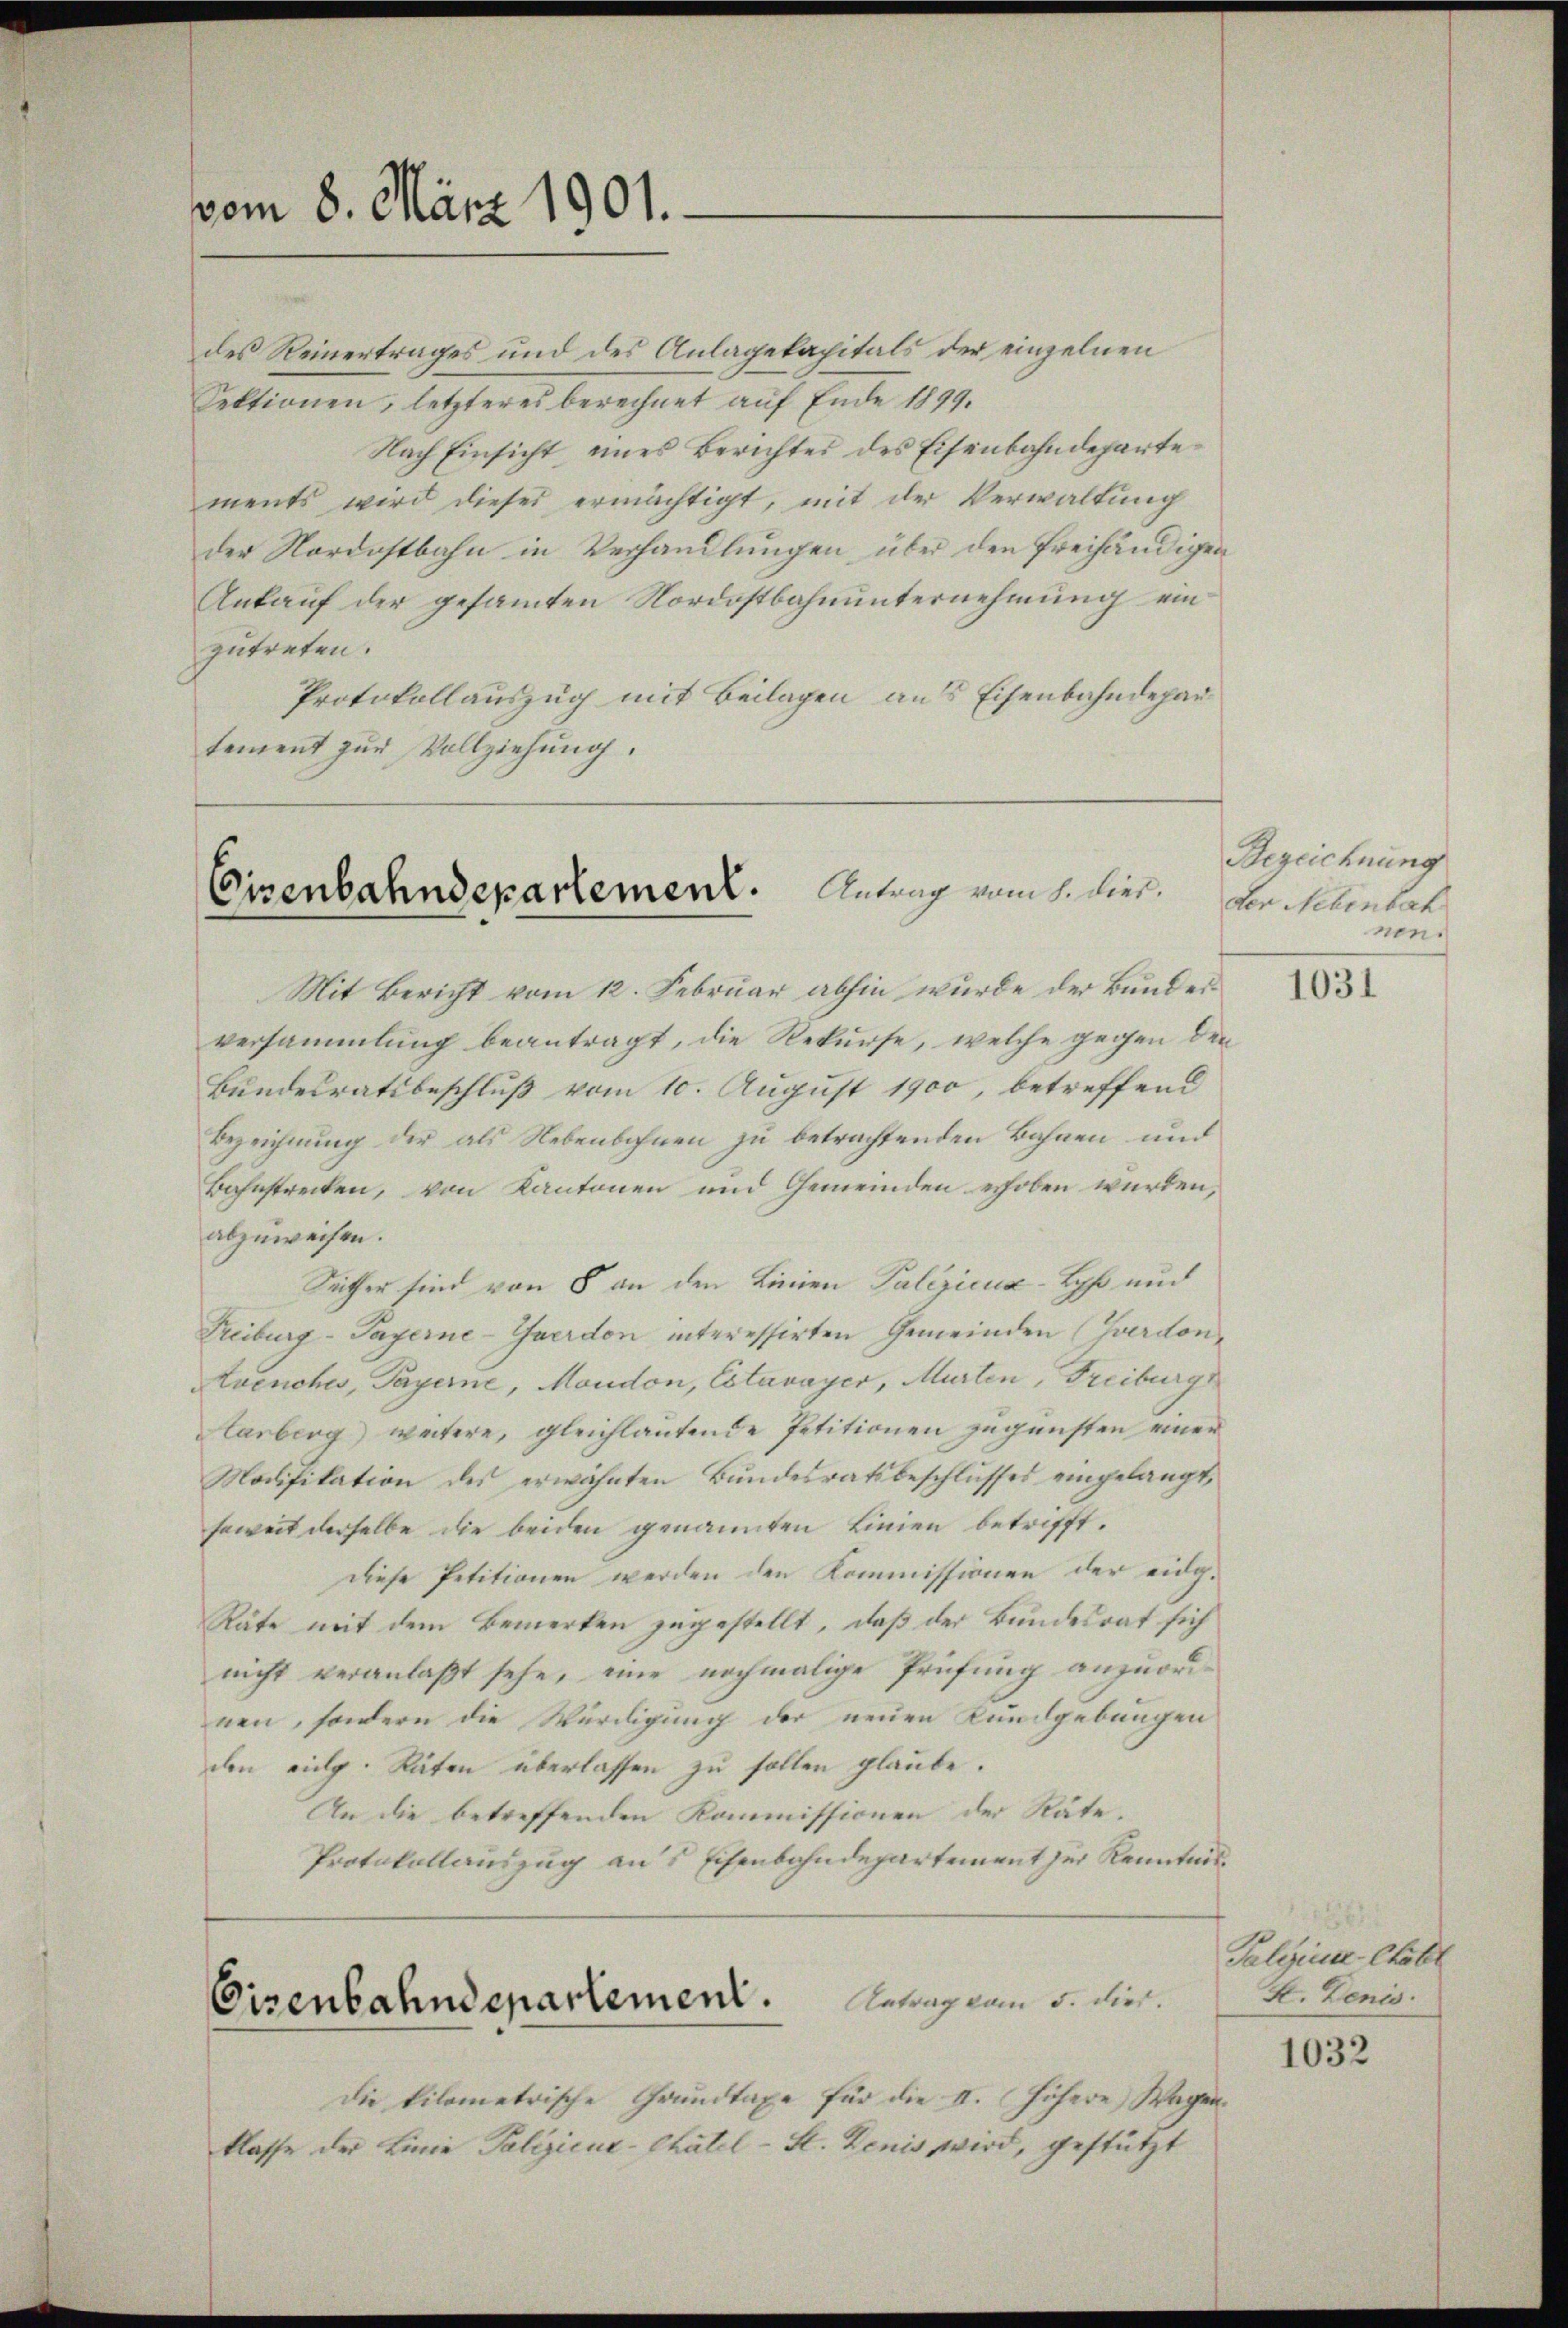
vom 8. März 1901.

des Reinertrages und des Anlagekapitals der einzelnen
Sektionen, letzteres berechnet auf Ende 1899.
Nach Einsicht eines Berichtes des Eisenbahndeparte
ments wird dieser ermächtigt, mit der Verwaltung
der Nordostbahn in Verhandlungen über den freihändigen
Ankauf der gesamten Nordostbahnunternehmung ein
zutreten.
Protokollauszug mit Beilagen aus Eisenbahndepartement zŭr Vollziehung.

Cisenbahndepartement. Antrag vom 1. Dies

Mit Bericht vom 12. Februar abhin wurde der Bundes
versammlung beantragt, die Rekurse, welche gegen den
Bundesratsbeschluß vom 10. August 1900, betreffend
Bezeichnung der als Nebenbohnen zu betrachtenden Bahnen und
Bahnstrecken, von Kantonen und Gemeinden erhoben würden,
abzuweisen.
Seither sind von 8 an den Linien Palezicux-Lyß und
Treiburg-Payerne-Yverdon interessirten Gemeinden (Gerdon¬
Avenches, Payerne, Moudon, Estavayer, Murten, Freiburgs
Harberg) weitere, gleichlautende Petitionen zugensten einer
Modifikation des erwähnten Bundesratsbeschlusses eingelangt,
soweit derselbe die beiden genannten Linien betrifft.
Diese Petitionen werden den Kommissionen der eidg¬
Räte mit dem Bemerken zugestellt, daß der Bundesrat sich
nicht veranlaßt sehe, eine nochmalige Prüfung anzuordnen, sondern die Würdigung der neuen Kundgebungen
den eidg. Räten überlassen zu sollen glaube.
An die betreffenden Kommissionen der Räte.
Protokollauszug aus Eisenbahndepartement zur Kenntnis
Eisenbahndepartement. Betrag zum 5. dies
Die kilometrische Grundtaxe für die II. höhere Wagen.
klasse der Linie Palizicue-Chatel-St. Zenis wird, gestützt

Bezeichnung
der Nebenbeck
nen

1031

Palgins-Chabl
F. Denis

1032